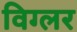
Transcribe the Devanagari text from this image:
विग्लर